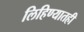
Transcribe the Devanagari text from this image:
लिहिण्यातही